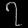
Digit: ၇